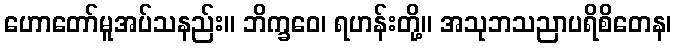
ဟောတော်မူအပ်သနည်း။ ဘိက္ခဝေ၊ ရဟန်းတို့။ အသုဘသညာပရိစိတေန၊